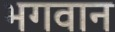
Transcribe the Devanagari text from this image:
भगवान